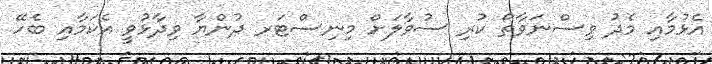
އެޅުމާއި މެދު ވިސްނަވާތޯ ކުރި ސުވާލަށް މިނިސްޓަރ ދުންޔާ ވިދާޅުވީ އެކަމާއި ބެހޭ